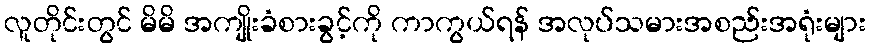
လူတိုင်းတွင် မိမိ အကျိုးခံစားခွင့်ကို ကာကွယ်ရန် အလုပ်သမားအစည်းအရုံးများ